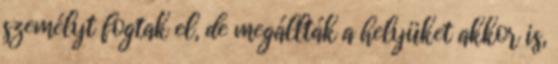
személyt fogtak el, de megállták a helyüket akkor is,